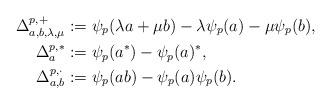
LaTeX: \begin{align*}\Delta^{p,+}_{a,b,\lambda,\mu} &:= \psi_p(\lambda a + \mu b) - \lambda \psi_p(a) - \mu \psi_p(b),\\\Delta^{p,*}_a &:= \psi_p( a^*) - \psi_p(a)^*,\\\Delta^{p,\cdot}_{a,b} &:= \psi_p(a b) - \psi_p(a) \psi_p(b).\end{align*}